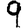
Digit: 9